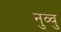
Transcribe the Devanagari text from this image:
नुव्वु